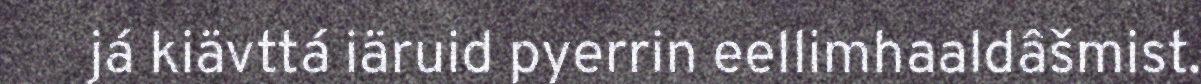
já kiävttá iäruid pyerrin eellimhaaldâšmist.